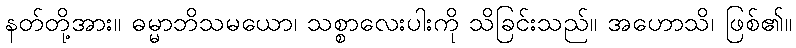
နတ်တို့အား။ ဓမ္မာဘိသမယော၊ သစ္စာလေးပါးကို သိခြင်းသည်။ အဟောသိ၊ ဖြစ်၏။